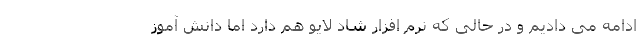
ادامه می دادیم و در حالی که نرم افزار شاد لایو هم دارد اما دانش آموز